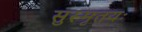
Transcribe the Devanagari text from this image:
सुस्मृतयः